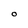
Character: 0